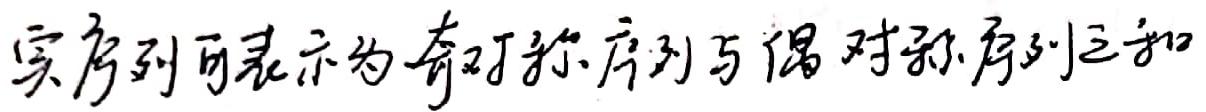
实序列可表示为奇对称序列与偶对称序列之和